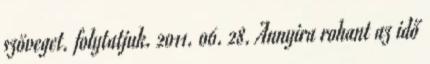
szöveget. folytatjuk. 2011. 06. 28. Annyira rohant az idő